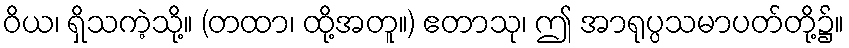
ဝိယ၊ ရှိသကဲ့သို့။ (တထာ၊ ထို့အတူ။) ဧတာသု၊ ဤ အာရုပ္ပသမာပတ်တို့၌။